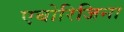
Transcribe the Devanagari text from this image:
एबोरिजिना